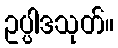
ဥပ္ပါဒသုတ်။